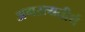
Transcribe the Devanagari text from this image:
अगस्त्यतीर्थ